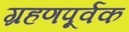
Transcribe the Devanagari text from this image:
ग्रहणपूर्वक